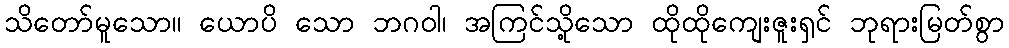
သိတော်မူသော။ ယောပိ သော ဘဂဝါ၊ အကြင်သို့သော ထိုထိုကျေးဇူးရှင် ဘုရားမြတ်စွာ